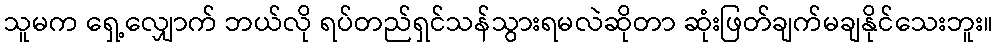
သူမက ရှေ့လျှောက် ဘယ်လို ရပ်တည်ရှင်သန်သွားရမလဲဆိုတာ ဆုံးဖြတ်ချက်မချနိုင်သေးဘူး။